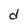
Character: d